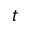
t